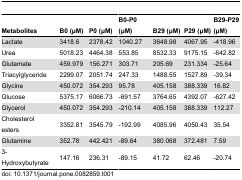
<table><thead><tr><td><b>Metabolites</b></td><td><b>B0 (μM)</b></td><td><b>P0 (μM)</b></td><td><b>B0-P0 (μM)</b></td><td><b>B29 (μM)</b></td><td><b>P29 (μM)</b></td><td><b>B29-P29 (μM)</b></td></tr></thead><tbody><tr><td>Lactate</td><td>3418.6</td><td>2378.42</td><td>1040.27</td><td>3648.98</td><td>4067.95</td><td>-418.96</td></tr><tr><td>Urea</td><td>5018.23</td><td>4464.38</td><td>553.85</td><td>8532.33</td><td>9175.15</td><td>-642.82</td></tr><tr><td>Glutamate</td><td>459.979</td><td>156.271</td><td>303.71</td><td>205.69</td><td>231.334</td><td>-25.64</td></tr><tr><td>Triacylglyceride</td><td>2299.07</td><td>2051.74</td><td>247.33</td><td>1488.55</td><td>1527.89</td><td>-39.34</td></tr><tr><td>Glycine</td><td>450.072</td><td>354.293</td><td>95.78</td><td>405.158</td><td>388.339</td><td>16.82</td></tr><tr><td>Glucose</td><td>5375.17</td><td>6066.73</td><td>-691.57</td><td>3764.65</td><td>4392.07</td><td>-627.42</td></tr><tr><td>Glycerol</td><td>450.072</td><td>354.293</td><td>-210.14</td><td>405.158</td><td>388.339</td><td>112.27</td></tr><tr><td>Cholesterol esters</td><td>3352.81</td><td>3545.79</td><td>-192.99</td><td>4085.96</td><td>4050.43</td><td>35.54</td></tr><tr><td>Glutamine</td><td>352.78</td><td>442.421</td><td>-89.64</td><td>380.068</td><td>372.481</td><td>7.59</td></tr><tr><td>3-Hydroxybutyrate</td><td>147.16</td><td>236.31</td><td>-89.15</td><td>41.72</td><td>62.46</td><td>-20.74</td></tr></tbody></table>